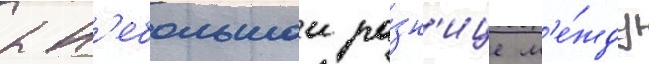
к н'ебольшои ра́зн'ице м'е́жду